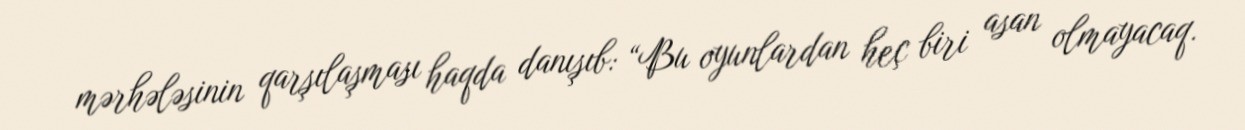
mərhələsinin qarşılaşması haqda danışıb: “Bu oyunlardan heç biri asan olmayacaq.